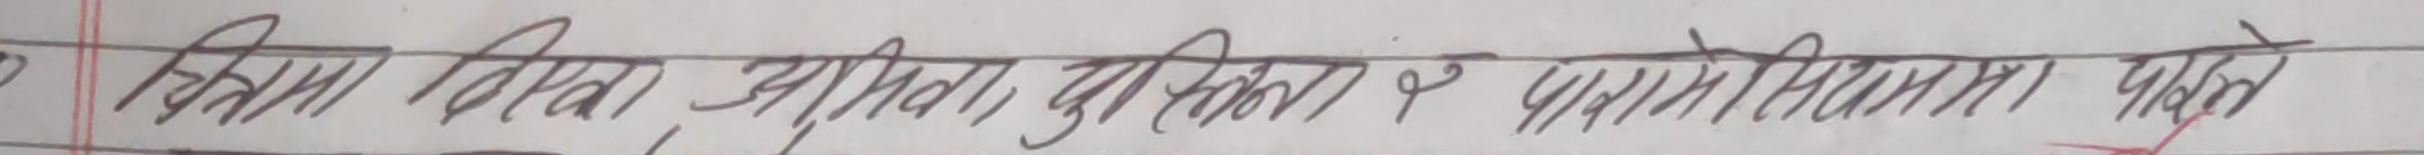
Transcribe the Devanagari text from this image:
बिभिन्न क्षेत्रमा असीमित क्षमता, पनि छन्।